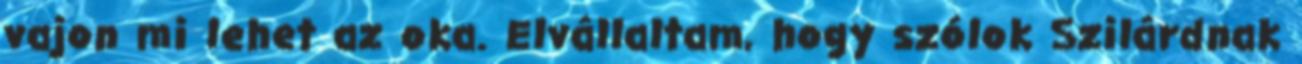
vajon mi lehet az oka. Elvállaltam, hogy szólok Szilárdnak